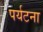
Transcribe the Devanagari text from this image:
पर्यटना